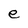
Character: e